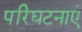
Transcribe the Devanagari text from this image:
परिघटनाएं